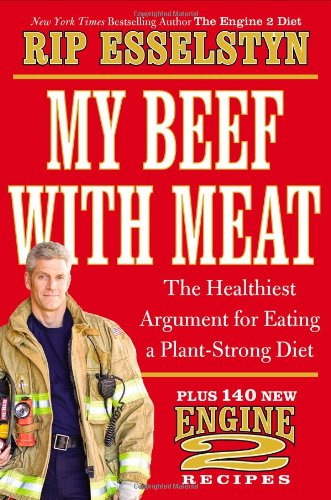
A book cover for My Beef with Meat: The Healthiest Argument for Eating a Plant-Strong Diet--Plus 140 New Engine 2 Recipes; Rip Esselstyn; Cookbooks, Food & Wine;